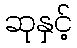
ဆုနှင့်